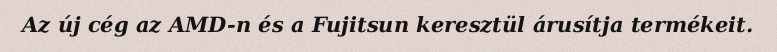
Az új cég az AMD-n és a Fujitsun keresztül árusítja termékeit.